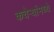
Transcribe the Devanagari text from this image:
कचेऱ्यांमध्ये